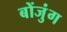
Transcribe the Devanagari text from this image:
बोंजुंग